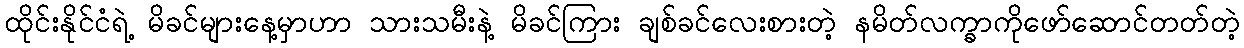
ထိုင်းနိုင်ငံရဲ့ မိခင်များနေ့မှာဟာ သားသမီးနဲ့ မိခင်ကြား ချစ်ခင်လေးစားတဲ့ နမိတ်လက္ခာကိုဖော်ဆောင်တတ်တဲ့